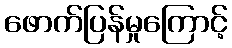
ဖောက်ပြန်မှုကြောင့်